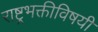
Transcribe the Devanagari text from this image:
राष्ट्रभक्तीविषयी